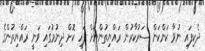
ދެކިފައި ނުވާ ކަންކަން ސަރުކާރުން ރައްޔިތުންނަށް ފަހި ކޮށް ދިނުމުގައި ވަނީ ރައްޔިތުންގެ